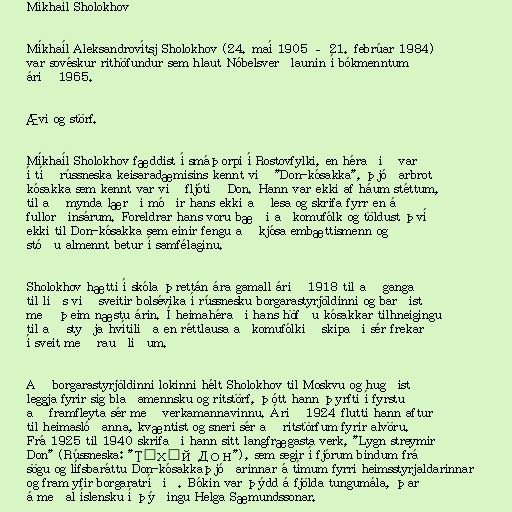
Míkhaíl Sholokhov

Míkhaíl Aleksandrovítsj Sholokhov (24. maí 1905 – 21. febrúar 1984)
var sovéskur rithöfundur sem hlaut Nóbelsverðlaunin í bókmenntum
árið 1965.

Ævi og störf.

Míkhaíl Sholokhov fæddist í smáþorpi í Rostovfylki, en héraðið var
í tíð rússneska keisaradæmisins kennt við "Don-kósakka", þjóðarbrot
kósakka sem kennt var við fljótið Don. Hann var ekki af háum stéttum,
til að mynda lærði móðir hans ekki að lesa og skrifa fyrr en á
fullorðinsárum. Foreldrar hans voru bæði aðkomufólk og töldust því
ekki til Don-kósakka sem einir fengu að kjósa embættismenn og
stóðu almennt betur í samfélaginu.

Sholokhov hætti í skóla þrettán ára gamall árið 1918 til að ganga
til liðs við sveitir bolsévika í rússnesku borgarastyrjöldinni og barðist
með þeim næstu árin. Í heimahéraði hans höfðu kósakkar tilhneigingu
til að styðja hvítiliða en réttlausa aðkomufólkið skipaði sér frekar
í sveit með rauðliðum.

Að borgarastyrjöldinni lokinni hélt Sholokhov til Moskvu og hugðist
leggja fyrir sig blaðamennsku og ritstörf, þótt hann þyrfti í fyrstu
að framfleyta sér með verkamannavinnu. Árið 1924 flutti hann aftur
til heimaslóðanna, kvæntist og sneri sér að ritstörfum fyrir alvöru.
Frá 1925 til 1940 skrifaði hann sitt langfrægasta verk, "Lygn streymir
Don" (Rússneska: "Тихий Дон"), sem segir í fjórum bindum frá
sögu og lífsbaráttu Don-kósakkaþjóðarinnar á tímum fyrri heimsstyrjaldarinnar
og fram yfir borgaratríðið. Bókin var þýdd á fjölda tungumála, þar
á meðal íslensku í þýðingu Helga Sæmundssonar.